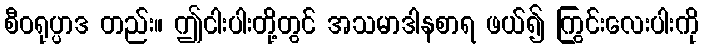
စီဝရုပ္ပာဒ တည်း။ ဤငါးပါးတို့တွင် အသမာဒါနစာရ ဖယ်၍ ကြွင်းလေးပါးကို